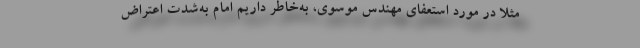
مثلاً در مورد استعفای مهندس موسوی، به‌خاطر داریم امام به‌شدت اعتراض